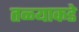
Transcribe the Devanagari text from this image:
तळ्याकडे